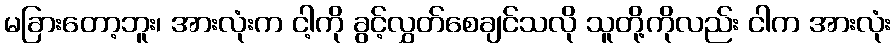
မခြားတော့ဘူး၊ အားလုံးက ငါ့ကို ခွင့်လွှတ်စေချင်သလို သူတို့ကိုလည်း ငါက အားလုံး